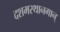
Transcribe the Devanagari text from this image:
दशमस्थानगान्